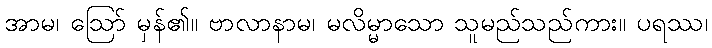
အာမ၊ ဩော် မှန်၏။ ဗာလာနာမ၊ မလိမ္မာသော သူမည်သည်ကား။ ပရဿ၊